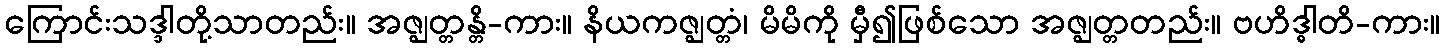
ကြောင်းသဒ္ဒါတို့သာတည်း။ အဇ္ဈတ္တန္တိ-ကား။ နိယကဇ္ဈတ္တံ၊ မိမိကို မှီ၍ဖြစ်သော အဇ္ဈတ္တတည်း။ ဗဟိဒ္ဓါတိ-ကား။